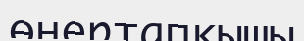
өнертапқышы